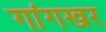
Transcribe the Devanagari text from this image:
गांगखर